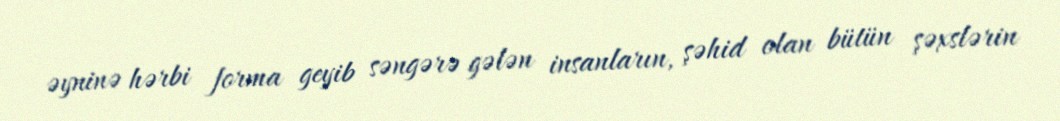
əyninə hərbi forma geyib səngərə gələn insanların, şəhid olan bütün şəxslərin